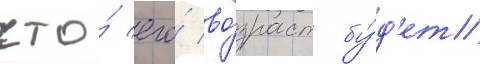
что́ его́ во́зраст бу́д'ет